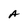
Character: A